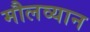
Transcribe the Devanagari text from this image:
मौलव्यान